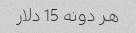
هر دونه 15 دلار